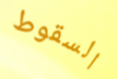
السقوط